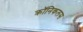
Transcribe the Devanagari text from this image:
क्रॉनिकलस